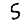
Digit: 5